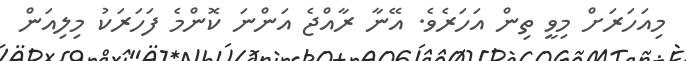
މިއަހަރަށް މިވީ ތިން އަހަރެވެ. އޭނާ ރާއްޖެ އަންނަ ކޮންމެ ފަހަރަކު މިލިއަން